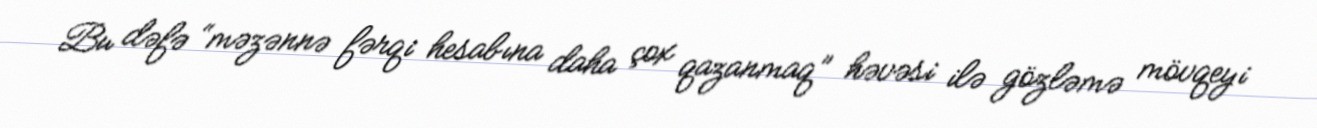
Bu dəfə “məzənnə fərqi hesabına daha çox qazanmaq” həvəsi ilə gözləmə mövqeyi